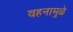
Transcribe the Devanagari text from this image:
वहनामुळे